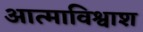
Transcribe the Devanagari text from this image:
आत्माविश्वाश